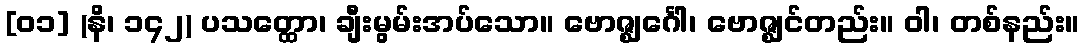
[၀၁] (နိ၊ ၁၄၂) ပသတ္ထော၊ ချီးမွမ်းအပ်သော။ ဗောဇ္ဈင်္ဂေါ၊ ဗောဇ္ဈင်တည်း။ ဝါ၊ တစ်နည်း။